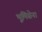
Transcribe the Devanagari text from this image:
भूमिसेना